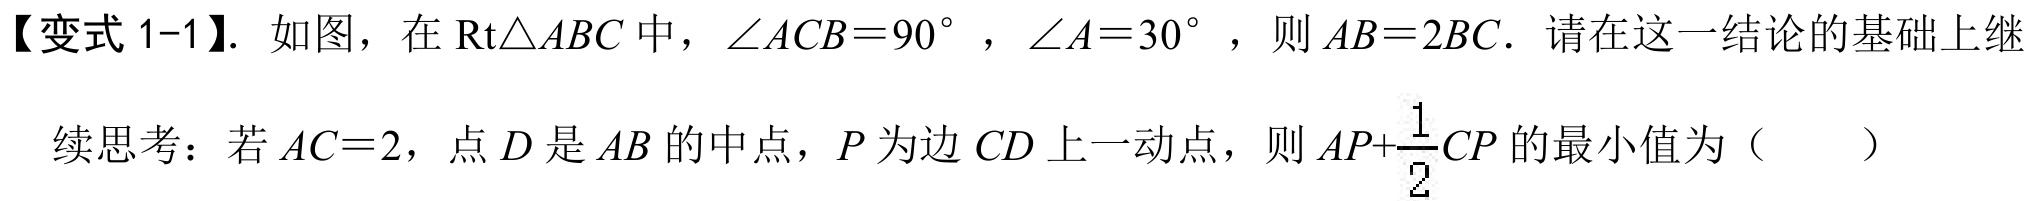
【变式 1-1】. 如图，在 \(\text{Rt}\triangle ABC\) 中，\(\angle ACB = 90^{\circ}\)，\(\angle A = 30^{\circ}\)，则 \(AB = 2BC\). 请在这一结论的基础上继
续思考：若 \(AC = 2\)，点 \(D\) 是 \(AB\) 的中点，\(P\) 为边 \(CD\) 上一动点，则 \(AP+\dfrac{1}{2}CP\) 的最小值为（  ）